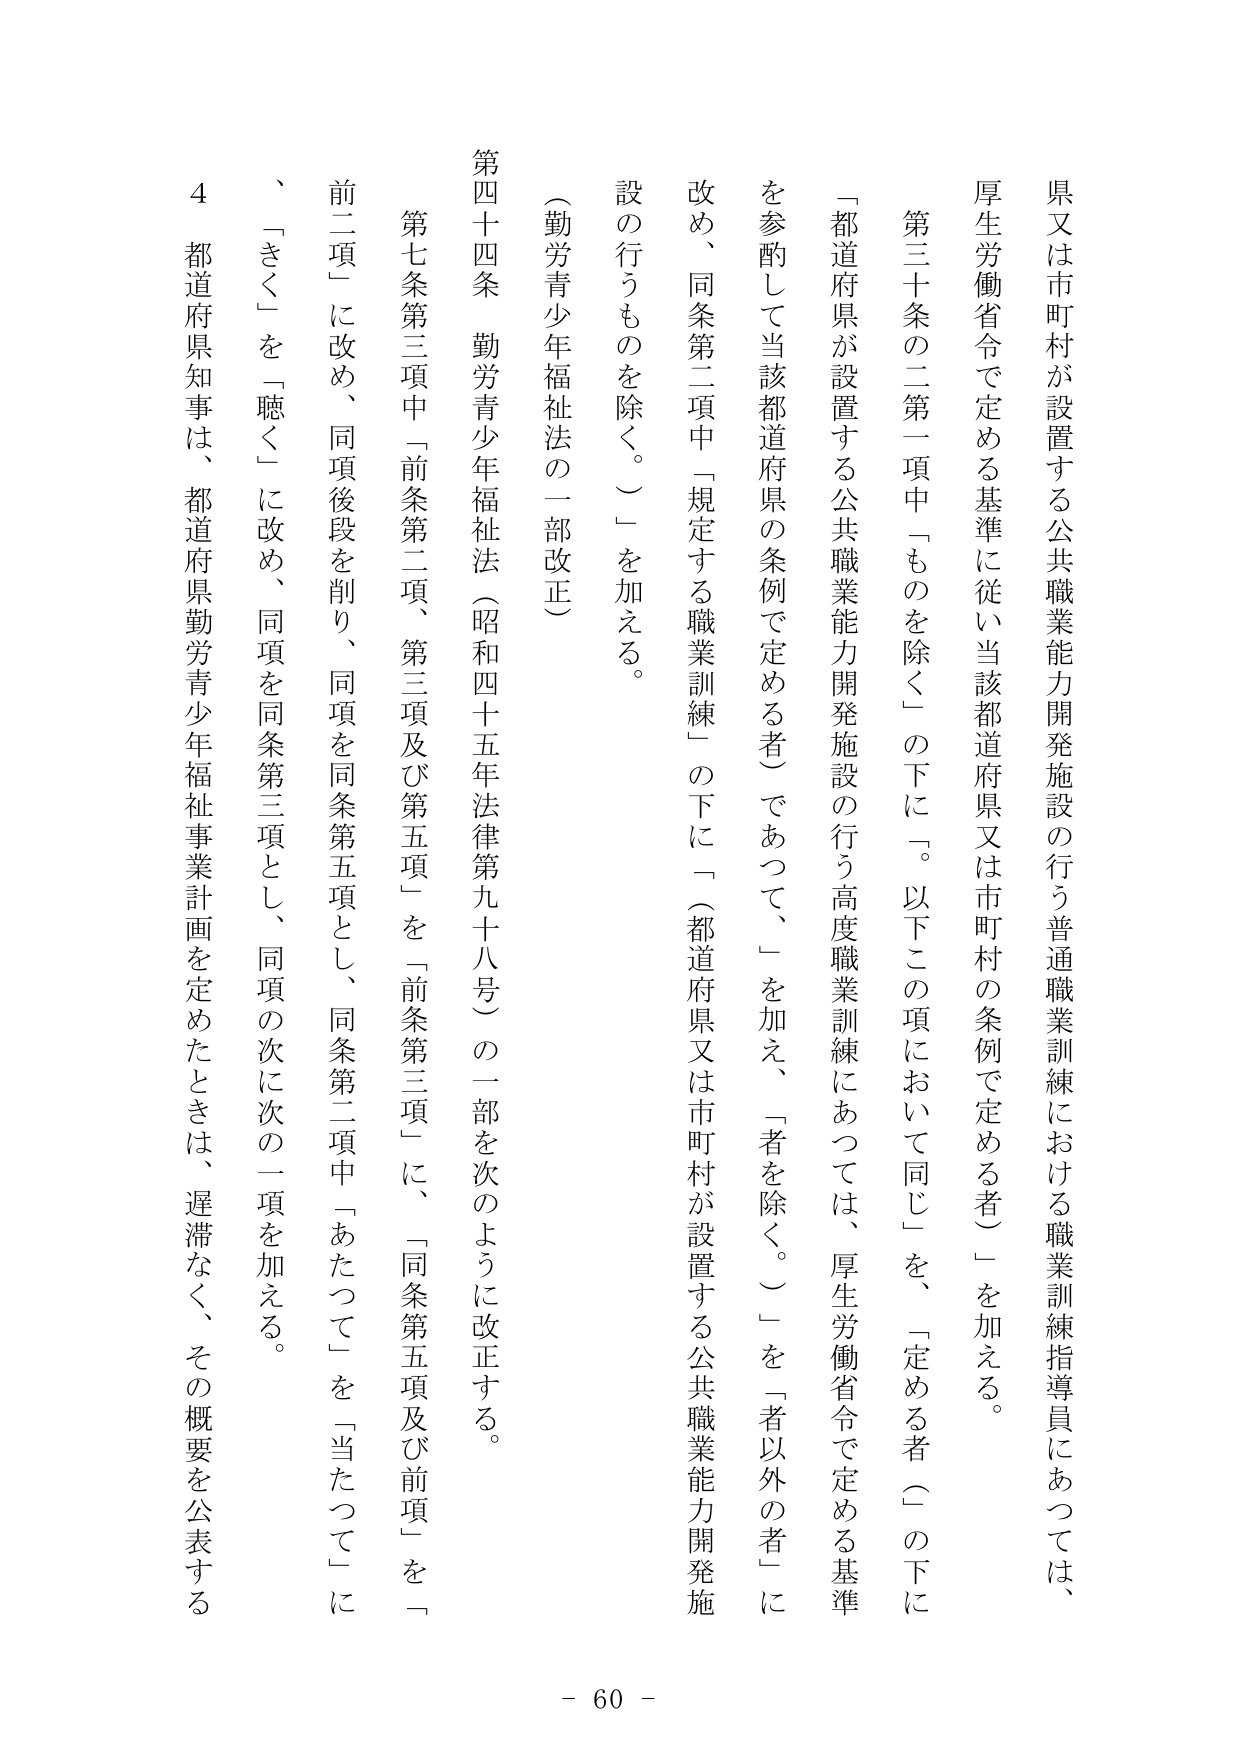
県又は市町村が設置する公共職業能力開発施設の行う普通職業訓練における職業訓練指導員にあつては、
厚生労働省令で定める基準に従い当該都道府県又は市町村の条例で定める者」を加える。
第三十条の二第一項中「ものを除く」の下に「。以下この項において同じ」を、「定める者（」の下に
「都道府県が設置する公共職業能力開発施設の行う高度職業訓練にあつては、厚生労働省令で定める基準
を参酌して当該都道府県の条例で定める者）であつて、「を加え、「者を除く。）」を「者以外の者」に
改め、同条第二項中「規定する職業訓練」の下に「（都道府県又は市町村が設置する公共職業能力開発施
設の行うものを除く。）」を加える。
（勤労青少年福祉法の一部改正）
第四十四条 勤労青少年福祉法（昭和四十五年法律第九十八号）の一部を次のように改正する。
第七条第三項中「前条第二項、第三項及び第五項」を「前条第三項」に、「同条第五項及び前項」を「
前二項」に改め、同項後段を削り、同項を同条第五項とし、同条第二項中「あたつて」を「当たつて」に
、「きく」を「聴く」に改め、同項を同条第三項とし、同項の次に次の一項を加える。
４ 都道府県知事は、都道府県勤労青少年福祉事業計画を定めたときは、遅滞なく、その概要を公表する
- 60 -